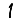
Digit: 1